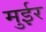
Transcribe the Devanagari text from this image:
मुईर